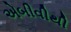
એબીવીથી